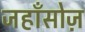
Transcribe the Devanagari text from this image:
जहाँसोज़